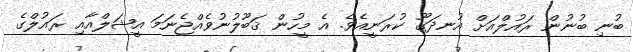
ބުނި ބުނުން ރައުލްއަށް އުނދަގޫ ކުރަނީއެވެ. އެ މީހުން ޤަބޫލުނުވެއްޖެނަމަ އީޝަލްއާއި ރައުލްގެ